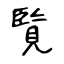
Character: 覧